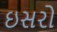
ઇસરો